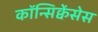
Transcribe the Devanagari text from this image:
कॉन्सिक्वेंसेस